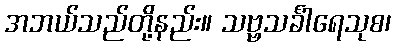
အဘယ်သည်တို့နည်း။ သဗ္ဗသင်္ခါရေသုစ၊